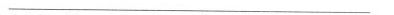
___